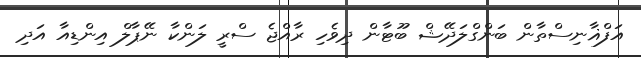
އަފްޣާނިސްތާން ބަންގްލަދޭޝް ބޫޓާން ދިވެހި ރާއްޖެ ސްރީ ލަންކާ ނޭޕާލް އިންޑިއާ އަދި